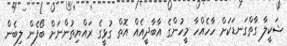
ޝަކީލާ ގާތްގަނޑަކަށް ހާހެއްހާ މީހުންގެ އާބާދީއެއް އޮތް ގުޅީގެ ރައްޔިތުންނަށް ބޯފެން ލިބެން